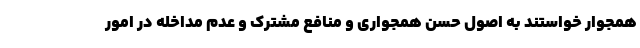
همجوار خواستند به اصول حسن همجواری و منافع مشترک و عدم مداخله در امور